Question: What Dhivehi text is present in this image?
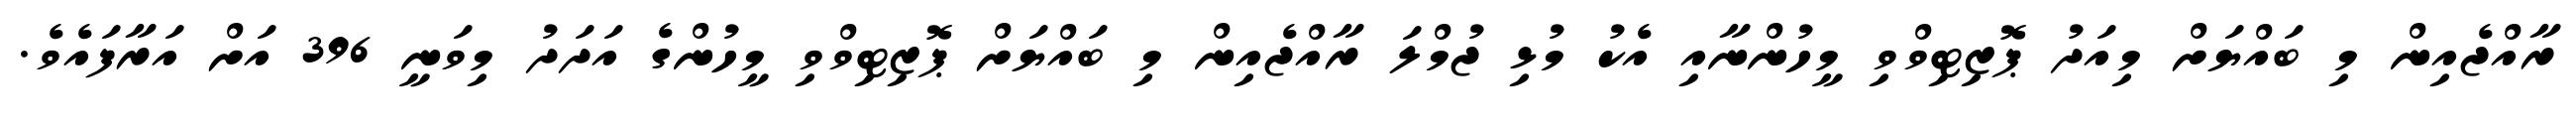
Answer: ރާއްޖެއިން މި ބައްޔަށް މިއަދު ޕޮޒިޓިވްވި މީހުންނާއި އެކު މުޅި ޖުމްލަ ރާއްޖެއިން މި ބައްޔަށް ޕޮޒިޓިވްވި މީހުންގެ އަދަދު މިވަނީ 396 އަށް އަރާފައެވެ.